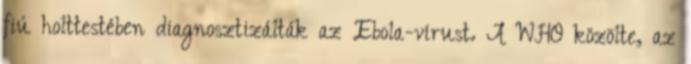
fiú holttestében diagnosztizálták az Ebola-vírust. A WHO közölte, az